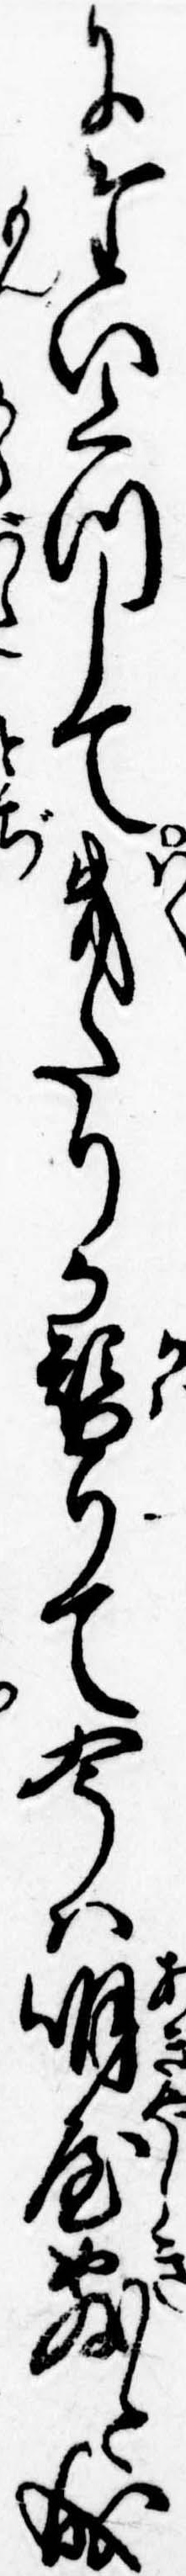
にたいくつして幾たりか替りて今は明屋敷と成